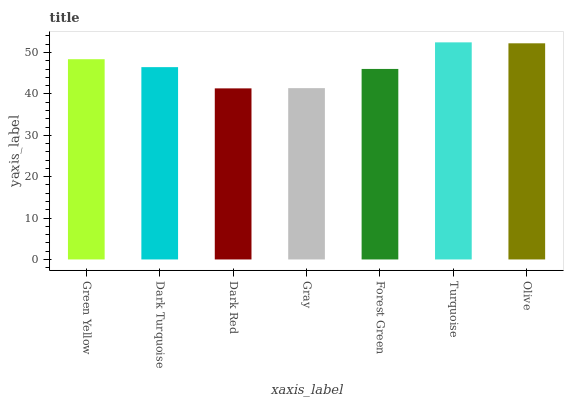
| xaxis_label | bars |
 | --- | --- |
 | Green Yellow | 48.4 |
 | Dark Turquoise | 46.5 |
 | Dark Red | 41.3 |
 | Gray | 41.4 |
 | Forest Green | 46 |
 | Turquoise | 52.5 |
 | Olive | 52.2 |